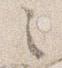
之